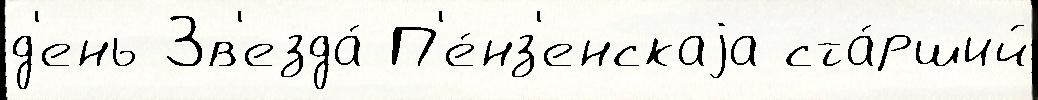
д'ень Зв'езда́ П'е́нз'енскаjа ста́рший